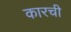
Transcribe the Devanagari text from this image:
कारची